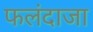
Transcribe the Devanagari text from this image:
फलंदाजा